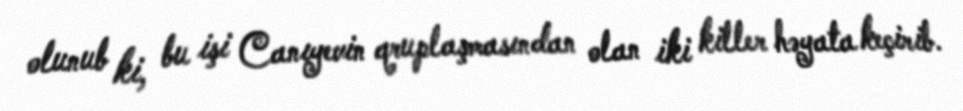
olunub ki, bu işi Canıyevin qruplaşmasından olan iki killer həyata keçirib.